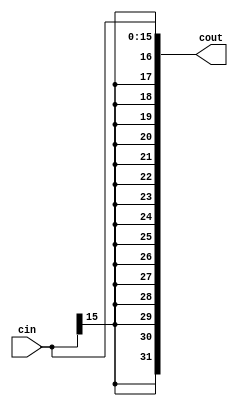
`timescale 1ns / 1ps
//////////////////////////////////////////////////////////////////////////////////
// Company: 
// Engineer: 
// 
// Design Name: 
// Module Name: signext
// Project Name: 
// Target Devices: 
// Tool Versions: 
// Description: 
// 
// Dependencies: 
// 
// Revision:
// Revision 0.01 - File Created
// Additional Comments:
// 
//////////////////////////////////////////////////////////////////////////////////


module signext(cin,cout);
input [15:0] cin;
output[31:0] cout;
assign cout = {{16{cin[15]}},cin};
endmodule